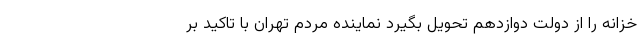
خزانه را از دولت دوازدهم تحویل بگیرد نماینده مردم تهران با تاکید بر